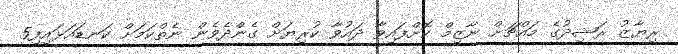
ރިޔާޒު ރަޝިދުގެ މައްޗަށް ނާޒިމް ކޮށްފައިވާ ދައުވާ ކުރިޔަށް ގެންދެވެން ނެތްކަމަށް ކަނޑައަޅައިފި5